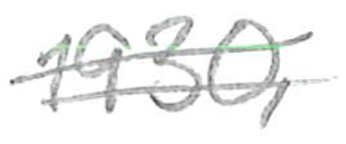
Text: 1930,
Cross-out: double-line
Writing tool: pencil